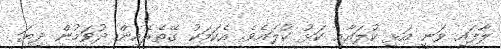
ލާފައި ވަނީ އަޅި ކުލައާއި ކަޅު ކުލައެވެ. އެކަމަކު ގޭތެރެއިން ދުވަމުން ދިޔަ